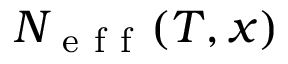
N _ { \mathrm { ~ e ~ f ~ f ~ } } ( T , x )